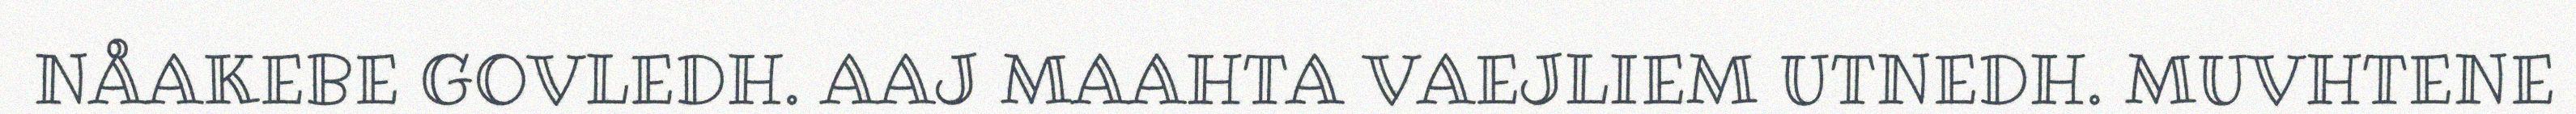
NÅAKEBE GOVLEDH. AAJ MAAHTA VAEJLIEM UTNEDH. MUVHTENE